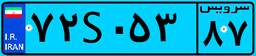
۸۵S۳۱۱۵۲